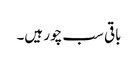
باقی سب چور ہیں۔